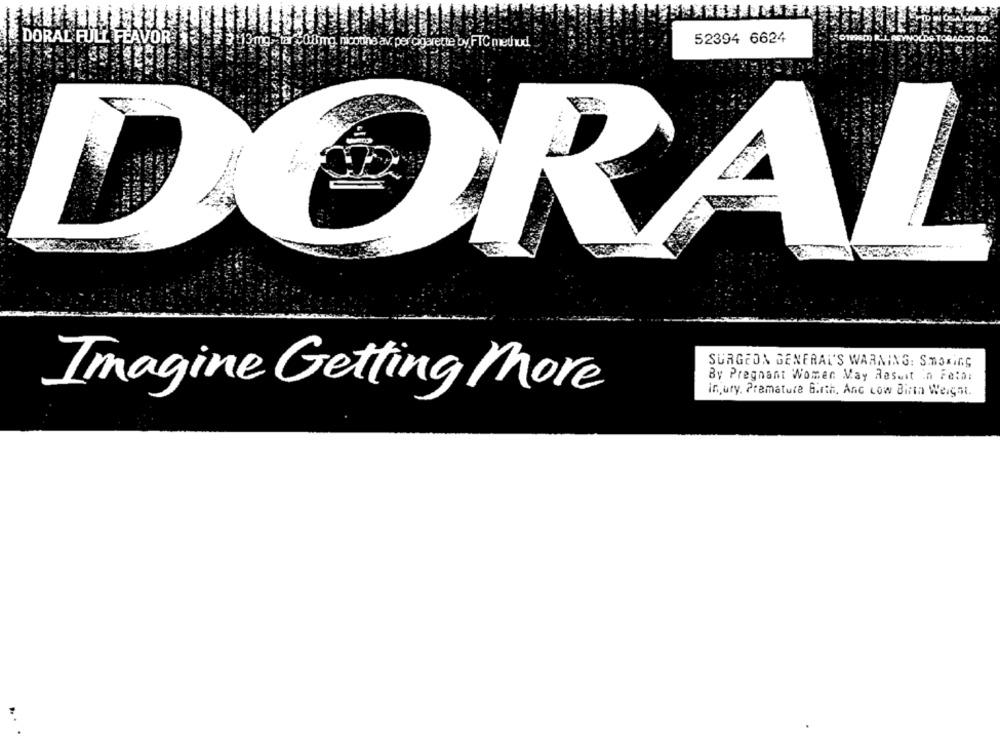
DORAL FULL FEAVOR
ine av. per cigarette by FTC method.
52394 6624
RAL
SURGEON GENERAL'S WARNING: Smoking
By Pregnant Women May Result in Feta:
Imagine Getting More
injury. Premature Birth, Anc Low Birth Weight.